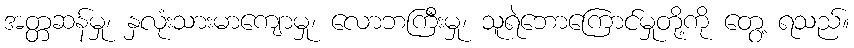
အတ္တဆန်မှု၊ နှလုံးသားမာကျောမှု၊ လောဘကြီးမှု၊ သူရဲဘောကြောင်မှုတို့ကို တွေ့ ရသည်။